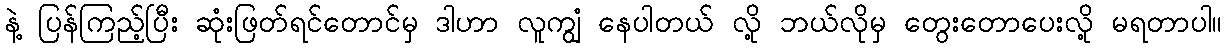
နဲ့ ပြန်ကြည့်ပြီး ဆုံးဖြတ်ရင်တောင်မှ ဒါဟာ လူကျွံ နေပါတယ် လို့ ဘယ်လိုမှ တွေးတောပေးလို့ မရတာပါ။